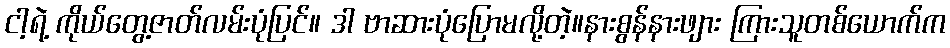
ငါ့ရဲ့ ကိုယ်တွေ့ဇာတ်လမ်းပုံပြင်။ ဒါ ဗာဆားပုံပြောမလို့တဲ့။နားစွန်နားဖျား ကြားသူတစ်ယောက်က